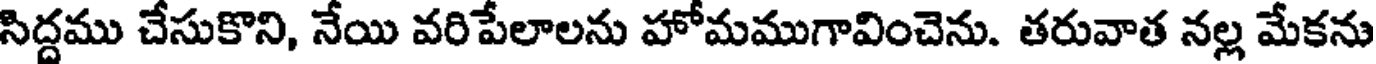
సిద్దము చేసుకొని, నేయి వరిపేలాలను హోమముగావించెను. తరువాత నల్ల మేకను